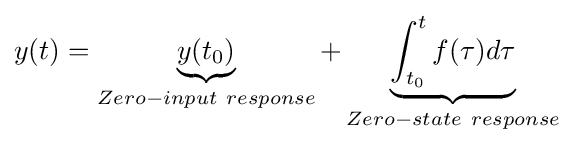
y(t)=\underbrace {y(t_{0})} _{Zero-input\ response}+\underbrace {\int _{t_{0}}^{t}f(\tau )d\tau } _{Zero-state\ response}